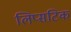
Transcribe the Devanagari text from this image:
लिप्सटिक